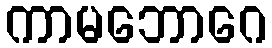
ကာမဘောဂေ